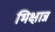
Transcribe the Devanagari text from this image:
भिक्षान्न